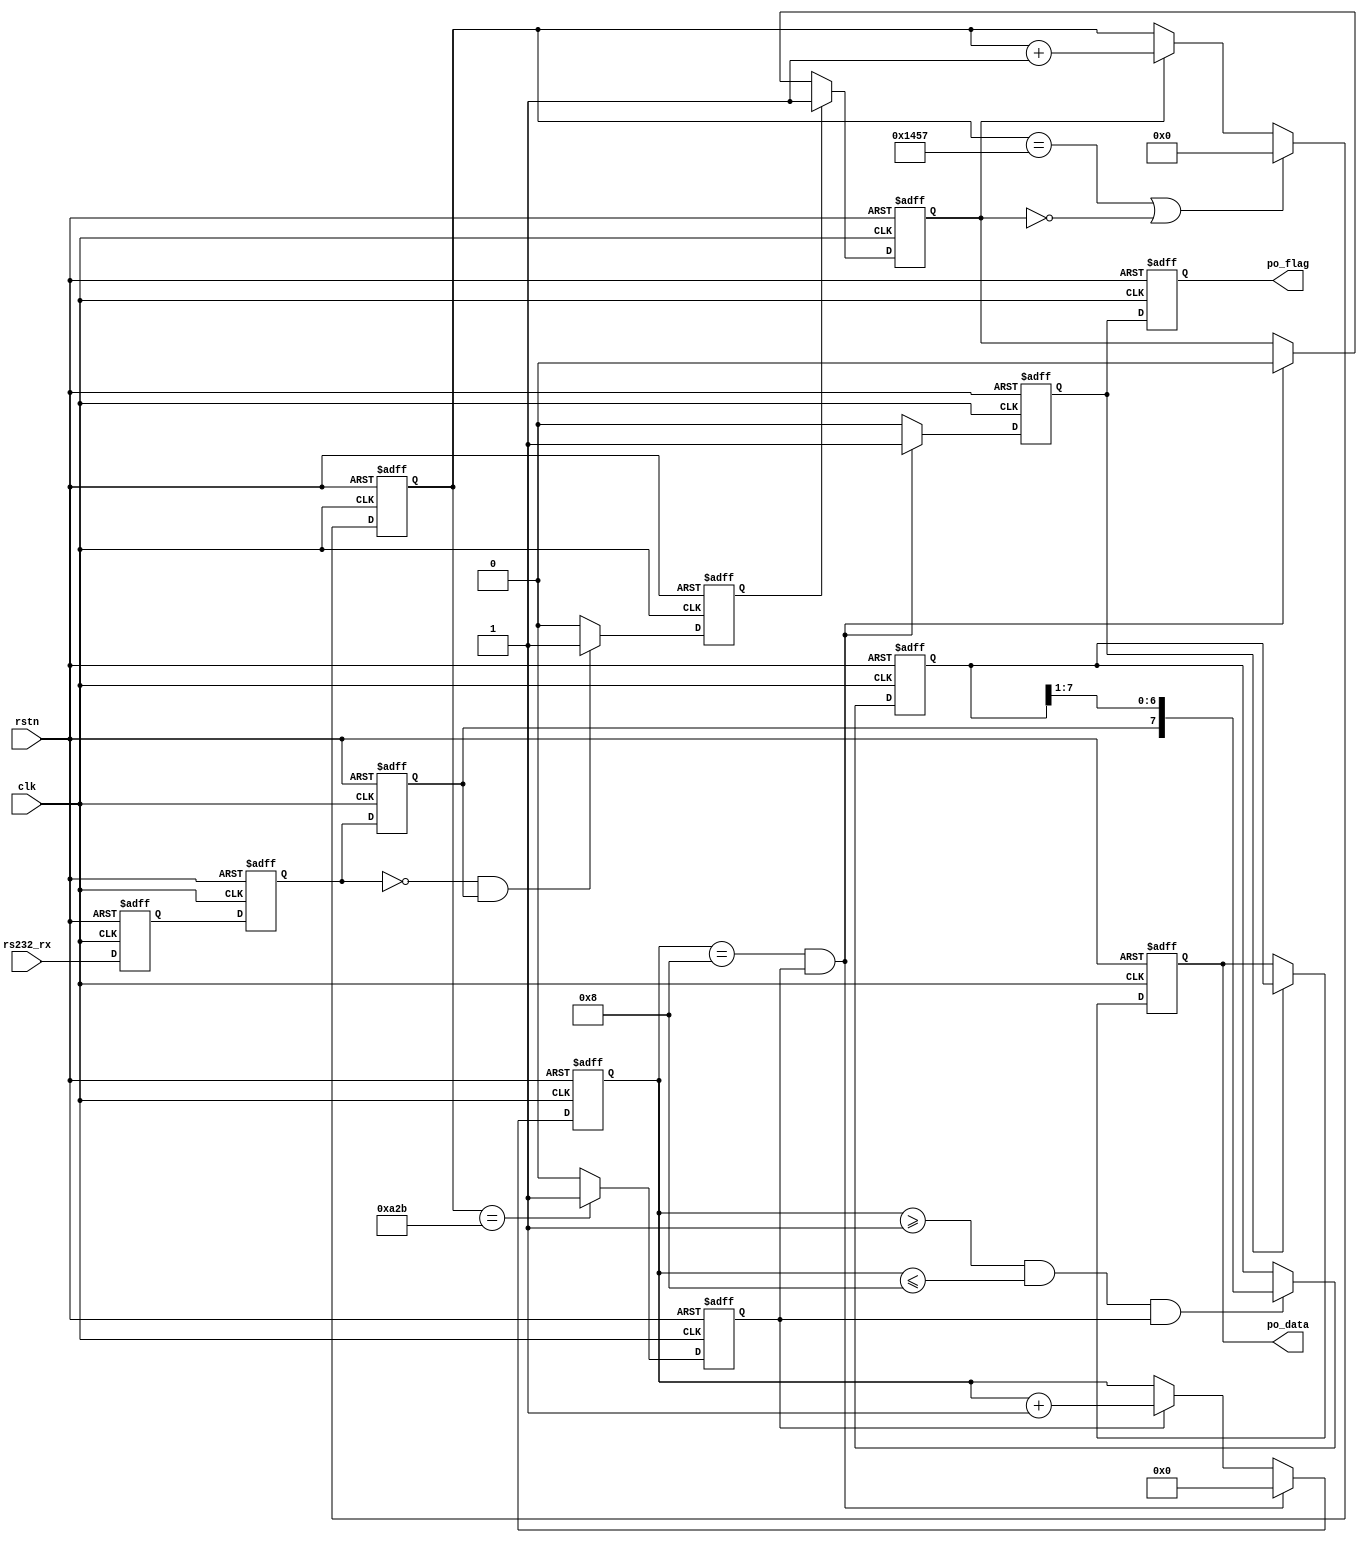

//============================================================================//
// ****************************** Informations ****************************** //
//============================================================================//
// Auther       :   Crista Y.Z.Li 
// Module name  :   uart_rx 
// Project name :   sdram_controller 
// Device       :   Intel Altera EP4CE10F17C8 
// Tool Version :   Quartus Prime 18.0 
//                  ModelsimSE-64 2020.4
// Descreption  :   UART Communication Receiver Module
//
//============================================================================//
module uart_rx #(
    parameter       UART_BPS            =       'd9600      ,
    parameter       CLK_FREQ            =       'd50_000_000
) (
    input                               clk                 ,
    input                               rstn                ,
    input                               rs232_rx            ,

    output  reg     [7:0]               po_data             ,
    output  reg                         po_flag             
);
        
//============================================================================//
// ********************* parameters & Internal Signals ********************** //
//============================================================================//
localparam      BAUD_MAX                =       CLK_FREQ/UART_BPS       ;

reg                                             rx_reg1                 ;
reg                                             rx_reg2                 ;
reg                                             rx_reg3                 ;
reg                                             start_nedge             ;
reg                                             work_en                 ;
reg                 [12:0]                      baud_cnt                ;
reg                                             bit_flag                ;
reg                 [3:0]                       bit_cnt                 ;
reg                 [7:0]                       rx_data                 ;
reg                                             rx_flag                 ;

//============================================================================//
// ******************************* Main Code ******************************** //
//============================================================================//
// delay 3 times and capture the falling edge of the start bit
always @(posedge clk or negedge rstn) begin
    if (rstn == 1'b0)
        rx_reg1 <= 1'b1;
    else
        rx_reg1 <= rs232_rx;
end

always @(posedge clk or negedge rstn) begin
    if (rstn == 1'b0)
        rx_reg2 <= 1'b1;
    else
        rx_reg2 <= rx_reg1;
end

always @(posedge clk or negedge rstn) begin
    if (rstn == 1'b0)
        rx_reg3 <= 1'b1;
    else
        rx_reg3 <= rx_reg2;
end

always @(posedge clk or negedge rstn) begin
    if (rstn == 1'b0)
        start_nedge <= 1'b0;
    else if((~rx_reg2) && (rx_reg3))
        start_nedge <= 1'b1;
    else
        start_nedge <= 1'b0;
end
// Generate the working enable signal.
always @(posedge clk or negedge rstn) begin
    if(rstn == 1'b0)
        work_en <= 1'b0;
    else    if(start_nedge == 1'b1)
        work_en <= 1'b1;
    else    if((bit_cnt == 4'd8) && (bit_flag == 1'b1))
        work_en <= 1'b0;
end
// counters for baud rate 9600, 8 bit data
always @(posedge clk or negedge rstn) begin
    if(rstn == 1'b0)
        baud_cnt <= 13'b0;
    else    if((baud_cnt == BAUD_MAX - 1) || (work_en == 1'b0))
        baud_cnt <= 13'b0;
    else    if(work_en == 1'b1)
        baud_cnt <= baud_cnt + 1'b1;
end

always @(posedge clk or negedge rstn) begin
    if(rstn == 1'b0)
        bit_flag <= 1'b0;
    else    if(baud_cnt == BAUD_MAX/2 - 1)
        bit_flag <= 1'b1;
    else
        bit_flag <= 1'b0;
end

always @(posedge clk or negedge rstn) begin
    if(rstn == 1'b0)
        bit_cnt <= 4'b0;
    else if((bit_cnt == 4'd8) && (bit_flag == 1'b1))
        bit_cnt <= 4'b0;
    else if(bit_flag ==1'b1)
         bit_cnt <= bit_cnt + 1'b1;
end
// Shift Register
always @(posedge clk or negedge rstn) begin
    if(rstn == 1'b0)
        rx_data <= 8'b0;
    else    if((bit_cnt >= 4'd1)&&(bit_cnt <= 4'd8)&&(bit_flag == 1'b1))
        rx_data <= {rx_reg3, rx_data[7:1]};
end

always@(posedge clk or negedge rstn) begin
    if(rstn == 1'b0)
        rx_flag <= 1'b0;
    else    if((bit_cnt == 4'd8) && (bit_flag == 1'b1))
        rx_flag <= 1'b1;
    else
        rx_flag <= 1'b0;
end

always@(posedge clk or negedge rstn) begin
    if(rstn == 1'b0)
        po_data <= 8'b0;
    else    if(rx_flag == 1'b1)
        po_data <= rx_data;
end

always@(posedge clk or negedge rstn) begin
    if(rstn == 1'b0)
        po_flag <= 1'b0;
    else
        po_flag <= rx_flag;
end

endmodule